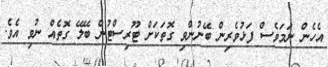
އެހެން ނަމަވެސް ފަޅުވެރިން ބޭނުންވި ގޮތަކަށް ޓޫރިސްޓުން ބޭލޭ ގޮތެއް ނުވި އެވެ.